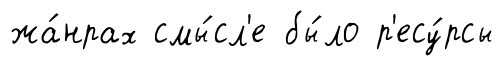
жа́нрах смы́сл'е бы́ло р'есу́рсы